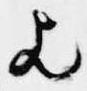
歟